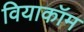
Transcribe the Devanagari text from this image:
वियाकॉम